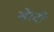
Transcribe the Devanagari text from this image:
खेरदी